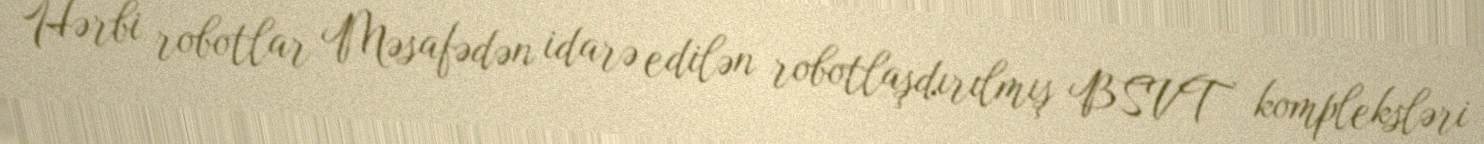
Hərbi robotlar Məsafədən idarə edilən robotlaşdırılmış BSVT kompleksləri